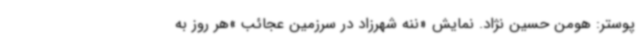
پوستر: هومن حسین نژاد. نمایش «ننه شهرزاد در سرزمین عجائب »هر روز به